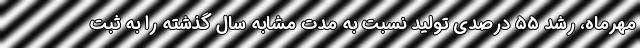
مهرماه، رشد ۵۵ درصدی تولید نسبت به مدت مشابه سال گذشته را به ثبت